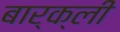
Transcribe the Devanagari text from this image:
बार्क्ली